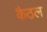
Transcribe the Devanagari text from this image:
कैठल